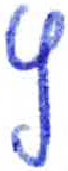
אות: ץ